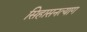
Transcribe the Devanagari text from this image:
सिहासनत्याग